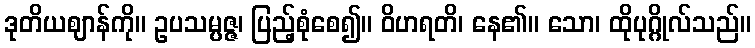
ဒုတိယဈာန်ကို။ ဥပသမ္ပဇ္ဇ၊ ပြည့်စုံစေ၍။ ဝိဟရတိ၊ နေ၏။ သော၊ ထိုပုဂ္ဂိုလ်သည်။